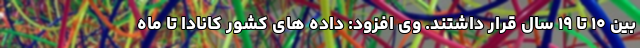
بین ۱۰ تا ۱۹ سال قرار داشتند. وی افزود: داده های کشور کانادا تا ماه